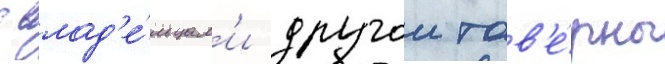
с влад'е́льцам'и другои тав'е́рны